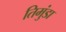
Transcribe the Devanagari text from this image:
तिमुंडा